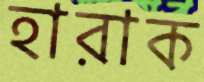
হারাক